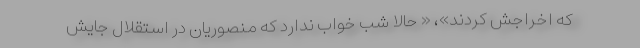
که اخراجش کردند»، « حالا شب خواب ندارد که منصوریان در استقلال جایش